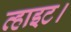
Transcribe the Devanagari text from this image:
व्हाइट।